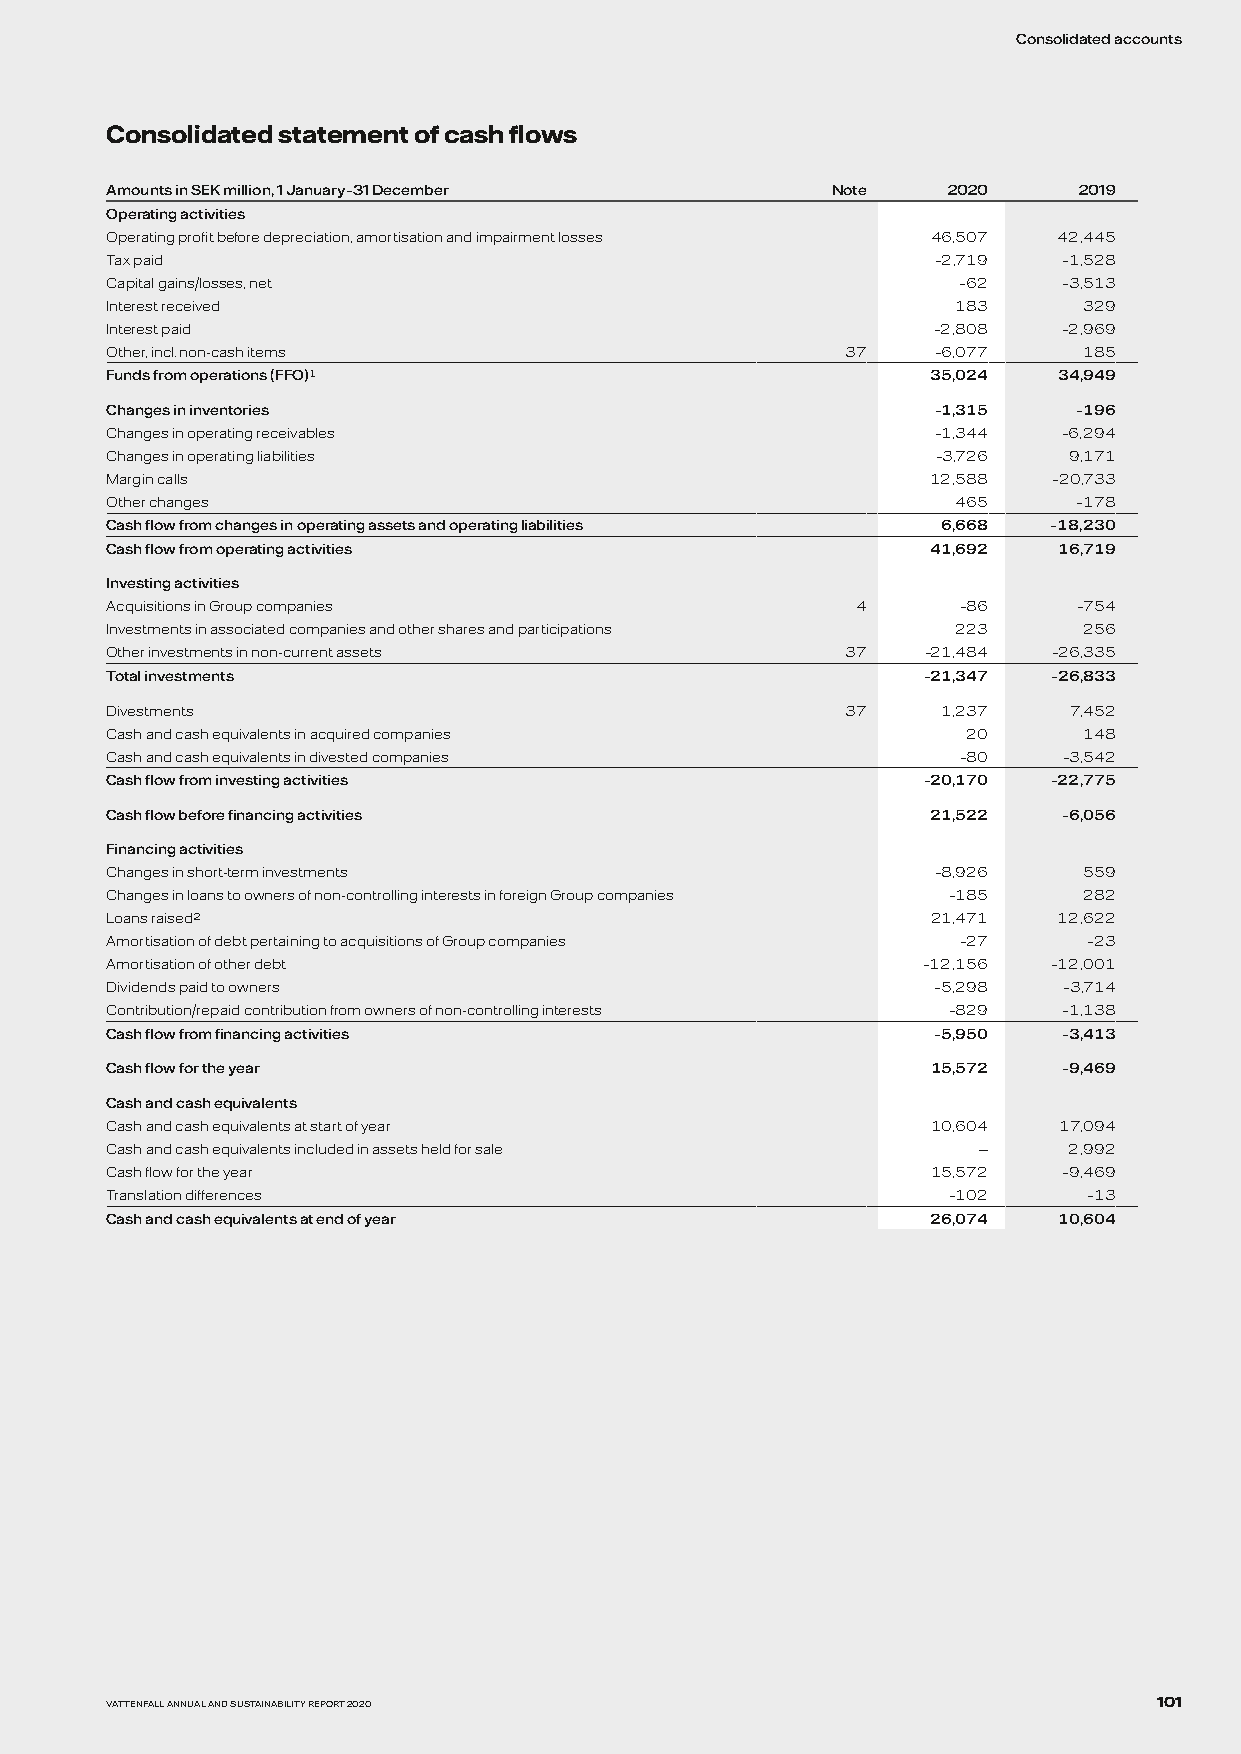
Consolidated accounts
 Consolidated statement of cash flows
 Amounts in SEK million, 1 January–31 December   Note    2020    2019
 Operating activities
 Operating profit before depreciation, amortisation and impairment losses 46,507 42,445
 Tax paid                                               –2,719  –1,528
 Capital gains/losses, net                               –62    –3,513
 Interest received                                       183      329
 Interest paid                                          –2,808  –2,969
 Other, incl. non-cash items                      37    –6,077    185
 Funds from operations (FFO)1                           35,024  34,949
 Changes in inventories                                 –1,315   –196
 Changes in operating receivables                       –1,344  –6,294
 Changes in operating liabilities                       –3,726   9,171
 Margin calls                                           12,588  –20,733
 Other changes                                           465     –178
 Cash flow from changes in operating assets and operating liabilities 6,668 –18,230
 Cash flow from operating activities                    41,692  16,719
 Investing activities
 Acquisitions in Group companies                   4     –86     –754
 Investments in associated companies and other shares and participations 223 256
 Other investments in non-current assets          37   –21,484  –26,335
 Total investments                                     –21,347  –26,833
 Divestments                                      37    1,237    7,452
 Cash and cash equivalents in acquired companies          20      148
 Cash and cash equivalents in divested companies         –80    –3,542
 Cash flow from investing activities                   –20,170  –22,775
 Cash flow before financing activities                  21,522  –6,056
 Financing activities
 Changes in short-term investments                      –8,926    559
 Changes in loans to owners of non-controlling interests in foreign Group companies –185 282
 Loans raised2                                          21,471  12,622
 Amortisation of debt pertaining to acquisitions of Group companies –27 –23
 Amortisation of other debt                            –12,156  –12,001
 Dividends paid to owners                               –5,298  –3,714
 Contribution/repaid contribution from owners of non-controlling interests –829 –1,138
 Cash flow from financing activities                    –5,950  –3,413
 Cash flow for the year                                 15,572  –9,469
 Cash and cash equivalents
 Cash and cash equivalents at start of year             10,604  17,094
 Cash and cash equivalents included in assets held for sale —    2,992
 Cash flow for the year                                 15,572  –9,469
 Translation differences                                 –102     –13
 Cash and cash equivalents at end of year               26,074  10,604
 VATTENFALL ANNUAL AND SUSTAINABILITY REPORT 2020                      101